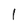
Character: 1